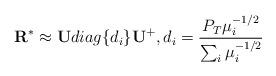
LaTeX: \begin{align*}{\rm {\bf R}}^{\ast} \approx {\rm {\bf U}} diag\{d_i \} {\rm {\bf U}}^+ , d_i =\frac{P_T \mu_i^{-1/2} }{\sum\nolimits_i \mu_i^{-1/2}}\end{align*}